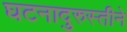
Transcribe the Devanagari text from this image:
घटनादुरुस्तीने